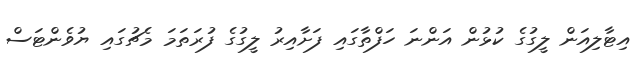
އިޓާލިއަން ލީގުގެ ކުޅުން އަންނަ ހަފްތާގައި ފަށާއިރު ލީގުގެ ފުރަތަމަ މެޗުގައި ޔުވެންޓަސް